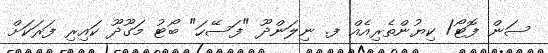
ސަން ފޮޓޯ/ ކިޔުންތެރިއެއް ފ. ނިލަންދޫ "ފަސޭހަ" ބޯޓު މަގޫދޫ ކައިރި ފަރަކަށް